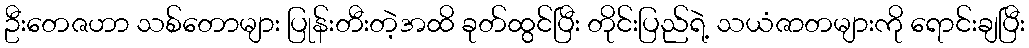
ဦးတေဇဟာ သစ်တောများ ပြုန်းတီးတဲ့အထိ ခုတ်ထွင်ပြီး တိုင်းပြည်ရဲ့ သယံဇာတများကို ရောင်းချပြီး